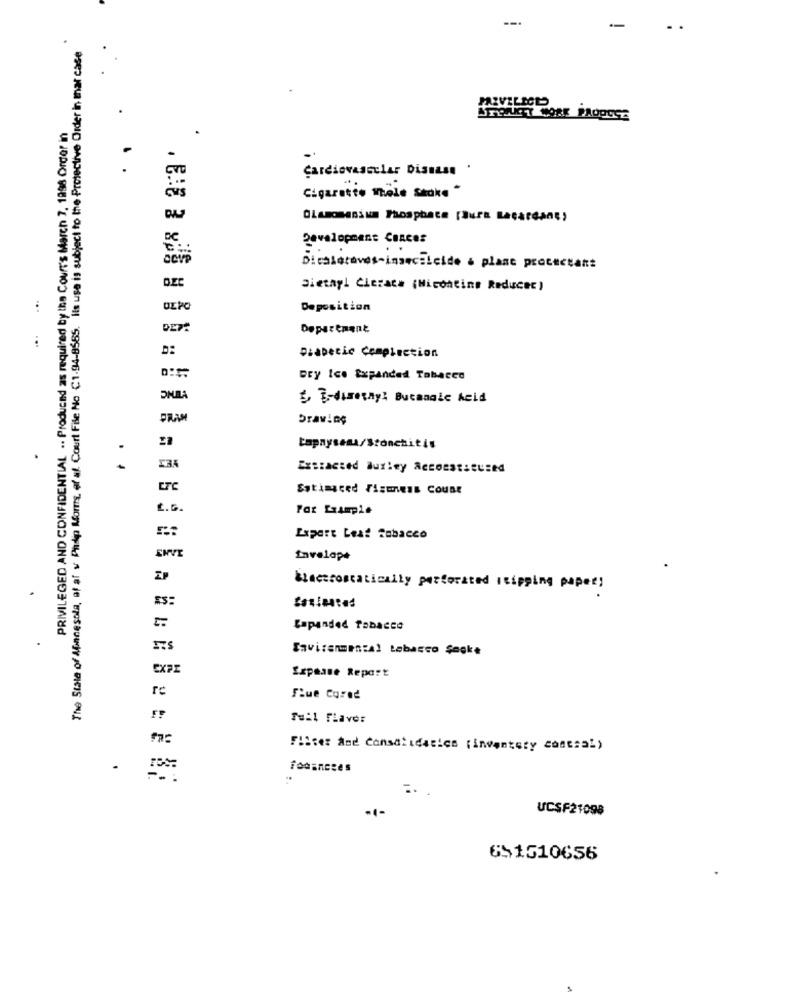
--.
-
The State of Afinnesola, of af v Phdip Moms, of af Court File No C1-94-8565. Ils use is subject to the Protective Order in mar case
PAZVELICE
PRIVILEGED AND CONFIDENTIAL .. Produced as required by the Court's March 7. 1998 Order in
-
Cardiovascular Disease .
Cigarette mele Stake *
Development Conces
Dicalotaves-insecticide a plane procectant
Dietayi Cicrate (Miconting Reducec)
...
OLPO
Deposition
Department
...
Diabetic Compiection
Dry Ice Expanded Tabacco
* E-diresay: Butangic heid
Drawing
tapaysema/Sronchitis
..
Extracted Burley Accoestitused
ETC
Estimaced Fizmens Count
t.G.
For Example
Expert Lest Tobacco
Invelop+
klacerostatically perforated skipping paper!
Lapanded Tobacco
Savisenmental tabacco Şecke
Expense Report
Sue Cored
Tull Flavor
Filter and Consalidatics (inventory costsal)
fodancres
UCSF21098
651510656